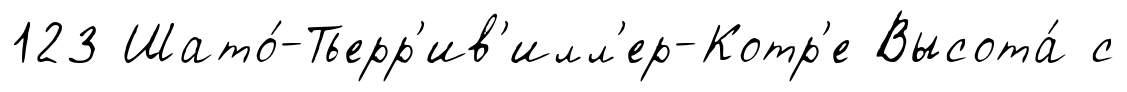
123 Шато́-Тьерр'ив'илл'ер-Котр'е Высота́ с